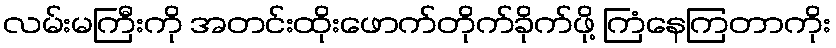
လမ်းမကြီးကို အတင်းထိုးဖောက်တိုက်ခိုက်ဖို့ ကြံနေကြတာကိုး